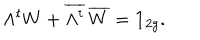
\Lambda ^ { t } W + { \overline { { { \Lambda ^ { t } } } } } \, { \overline { { { W } } } } = { \bf { 1 } } _ { 2 g } .